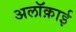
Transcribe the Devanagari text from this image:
अलॉक़ाई